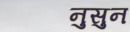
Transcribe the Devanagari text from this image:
नुसुन